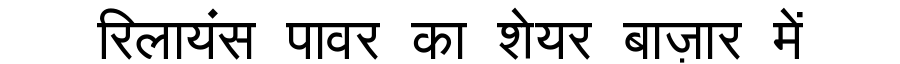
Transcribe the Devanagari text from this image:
रिलायंस पावर का शेयर बाज़ार में